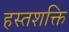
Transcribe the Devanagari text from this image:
हस्तशक्ति